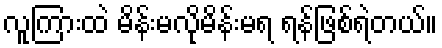
လူကြားထဲ မိန်းမလိုမိန်းမရ ရန်ဖြစ်ရဲတယ်။